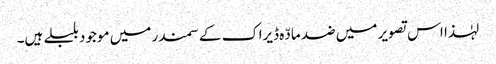
لہٰذا اس تصویر میں ضد مادّہ ڈیراک کے سمندر میں موجود بلبلے ہیں۔